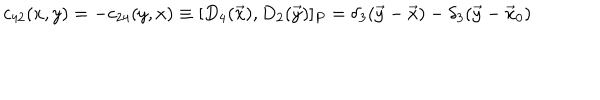
c _ { 4 2 } ( x , y ) = - c _ { 2 4 } ( y , x ) \equiv [ D _ { 4 } ( \vec { x } ) , D _ { 2 } ( \vec { y } ) ] _ { P } = \delta _ { 3 } ( \vec { y } - \vec { x } ) - \delta _ { 3 } ( \vec { y } - \vec { x } _ { 0 } )